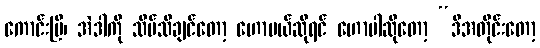
ကောင်းပြီ၊ အဲဒါကို သိပ်သိချင်တော့ ဟောမယ်ဆိုရင် ဟောပါဆိုတော့ “ဒီအတိုင်းတော့